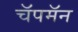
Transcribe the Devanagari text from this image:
चॅपमॅन